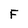
Character: F